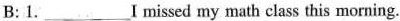
B:1.___Imissed my math class this morning.